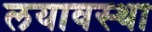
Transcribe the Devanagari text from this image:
लयावस्था